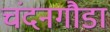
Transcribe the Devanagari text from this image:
चंदनगौडा